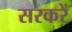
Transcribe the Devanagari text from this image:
सरकरें